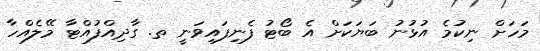
މަހަށް ނިކުމެ އުޅުނު ބަޔަކަށް އެ ބޯޓު ފެނިފައިވަނީ ތ. ގާދިއްފުއްޓާ މޭލެއްހާ